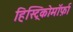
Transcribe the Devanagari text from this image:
हिस्ट्रिकोमॉर्फ़ा